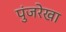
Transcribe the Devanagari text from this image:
पुंजरेखा